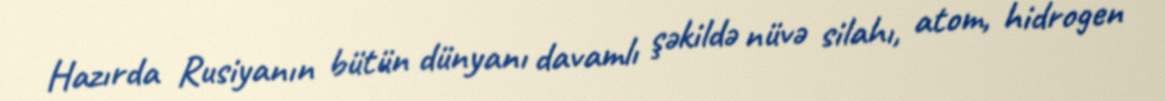
Hazırda Rusiyanın bütün dünyanı davamlı şəkildə nüvə silahı, atom, hidrogen